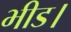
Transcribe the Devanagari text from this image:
भीड।